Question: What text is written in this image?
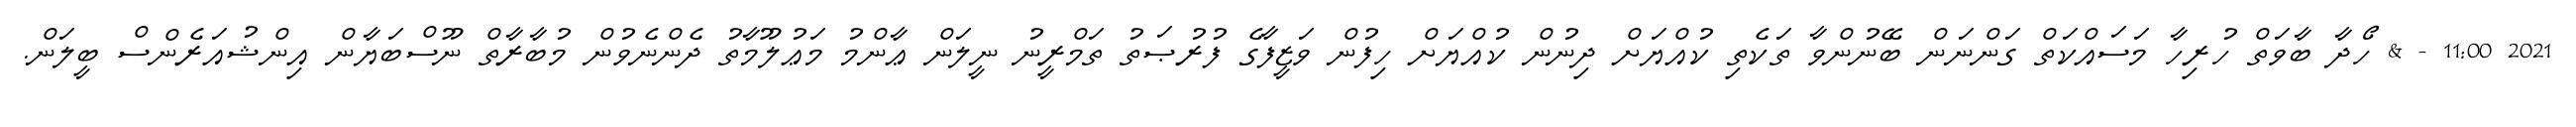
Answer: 2021 11:00 - & ހޯދާ ބާވަތް ހުރިހާ މަސައްކަތް ގަންނަން ބޭނުންވާ ތަކެތި ކުއްޔަށް ދިނުން ކުއްޔަށް ހިފުން ވަޒީފާގެ ފުރުޞަތު ތަމްރީނު ނީލަން ޢާންމު މަޢުލޫމާތު ދެންނެވުން މުބާރާތް ނޫސްބަޔާން އިންޝުއަރެންސް ބީލަން.